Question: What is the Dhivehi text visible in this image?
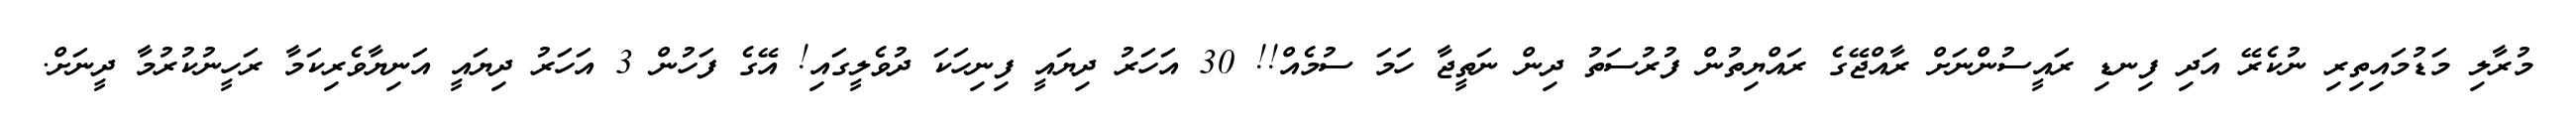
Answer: މުރާލި މަޑުމައިތިރި ނުކެރޭ އަދި ފިނޑި ރައީސުންނަށް ރާއްޖޭގެ ރައްޔިތުން ފުރުސަތު ދިން ނަތީޖާ ހަމަ ސުމެއް!! 30 އަހަރު ދިޔައީ ފިނިހަކަ ދުވެލީގައި! އޭގެ ފަހުން 3 އަހަރު ދިޔައީ އަނިޔާވެރިކަމާ ރަހީނުކުރުމާ ދީނަށް.